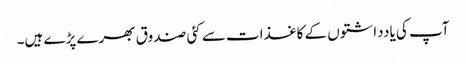
آپ کی یادداشتوں کے کاغذات سے کئی صندوق بھرے پڑے ہیں۔